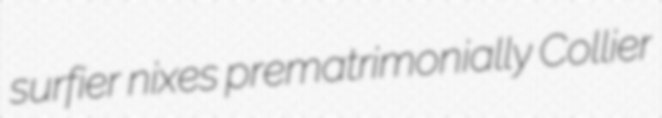
surfier nixes prematrimonially Collier